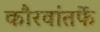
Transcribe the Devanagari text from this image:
कौरवांतर्फे